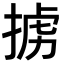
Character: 掳